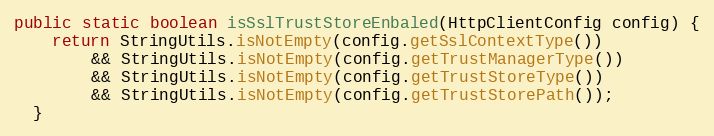
Language: Java
public static boolean isSslTrustStoreEnbaled(HttpClientConfig config) {
    return StringUtils.isNotEmpty(config.getSslContextType())
        && StringUtils.isNotEmpty(config.getTrustManagerType())
        && StringUtils.isNotEmpty(config.getTrustStoreType())
        && StringUtils.isNotEmpty(config.getTrustStorePath());
  }